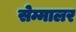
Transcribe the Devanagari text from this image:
सेम्मालर